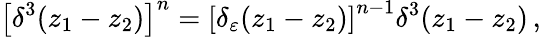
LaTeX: \left[\delta^{3}(z_{1}-z_{2})\right]^{n}=\left[\delta_{\varepsilon}(z_{1}-z_{2})\right]^{n-1}\delta^{3}(z_{1}-z_{2})\, ,